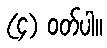
(၄) ဝတ်ပါ။